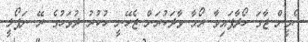
ސެމީން ޖާގަ ހޯދާފައިވާ ރޯމާ ވާދަކުރަން ޖެހޭނީ ހުކުރު ދުވަހުގެ ރޭ ނަޕޯލީ